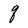
Character: q